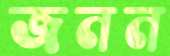
জনন